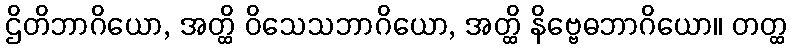
ဌိတိဘာဂိယော, အတ္ထိ ဝိသေသဘာဂိယော, အတ္ထိ နိဗ္ဗေဓဘာဂိယော။ တတ္ထ